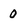
Character: 0